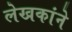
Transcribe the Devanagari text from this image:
लेखकांने